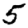
Digit: 5